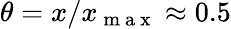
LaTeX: \theta=x/x_{\mathrm{~m~a~x~}}\approx 0.5